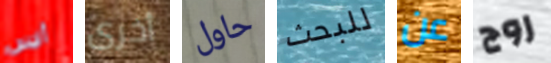
أليس أخرى حاول للبحث عن روج